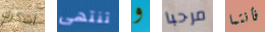
أشكرك تنتهى و مرحبا فأنتما